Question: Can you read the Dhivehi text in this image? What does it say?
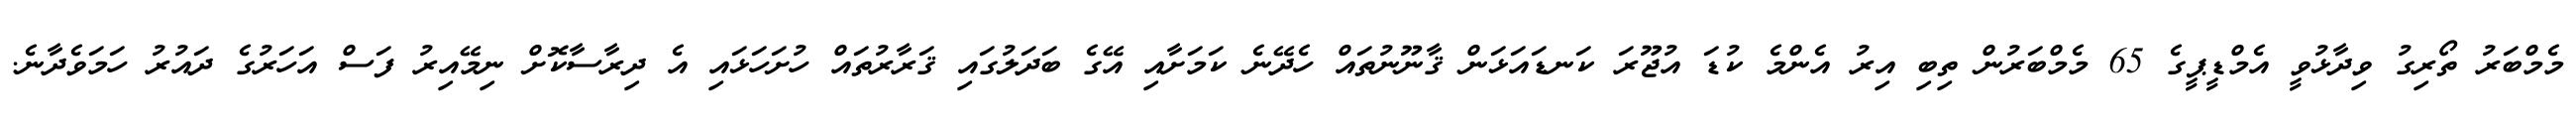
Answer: މެމްބަރު ތޯރިގު ވިދާޅުވީ އެމްޑީޕީގެ 65 މެމްބަރުން ތިބި އިރު އެންމެ ކުޑަ އުޖޫރަ ކަނޑައަޅަން ޤާނޫނުތައް ހެދޭނެ ކަމަށާއި އޭގެ ބަދަލުގައި ޤަރާރުތައް ހުށަހަޅައި އެ ދިރާސާކޮށް ނިމޭއިރު ފަސް އަހަރުގެ ދައުރު ހަމަވެދާނެ.